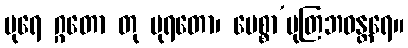
ပုရေ ဂ္ဂတော တု ပုရတော၊ ပေစ္စာ’မုတြဘဝန္တရေ။